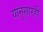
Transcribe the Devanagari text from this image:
यांनुसारही